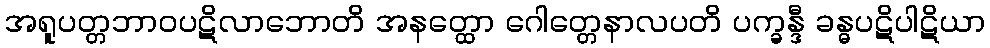
အရူပတ္တဘာဝပဋိလာဘောတိ အနတ္ထော ဂေါတ္တေနာလပတိ ပက္ခန္ဒီ ခန္ဓပဋိပါဋိယာ